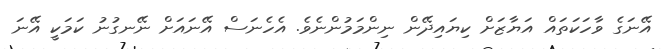
އޭނަގެ ވާހަކަތައް އަޔާޒަށް ކިޔައިދޭން ނިންމަމުންނެވެ. އެހެނަސް އޭނައަށް ނޭނގުނު ކަމަކީ އޭނަ